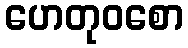
ဟေတုဝစော